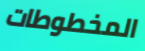
المخطوطات